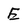
Character: E